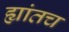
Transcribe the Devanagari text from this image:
ह्यांतच